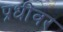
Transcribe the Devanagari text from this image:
प्रधींवर